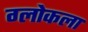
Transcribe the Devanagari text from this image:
ग्लोकला